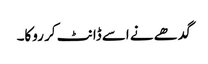
گدھے نے اسے ڈانٹ کر روکا۔